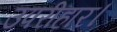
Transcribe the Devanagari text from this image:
उपरीहार।